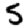
Digit: 5